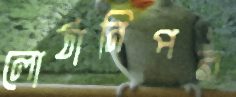
লোঠানিপর